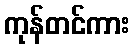
ကုန်တင်ကား